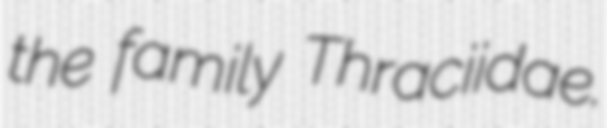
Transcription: the family Thraciidae.